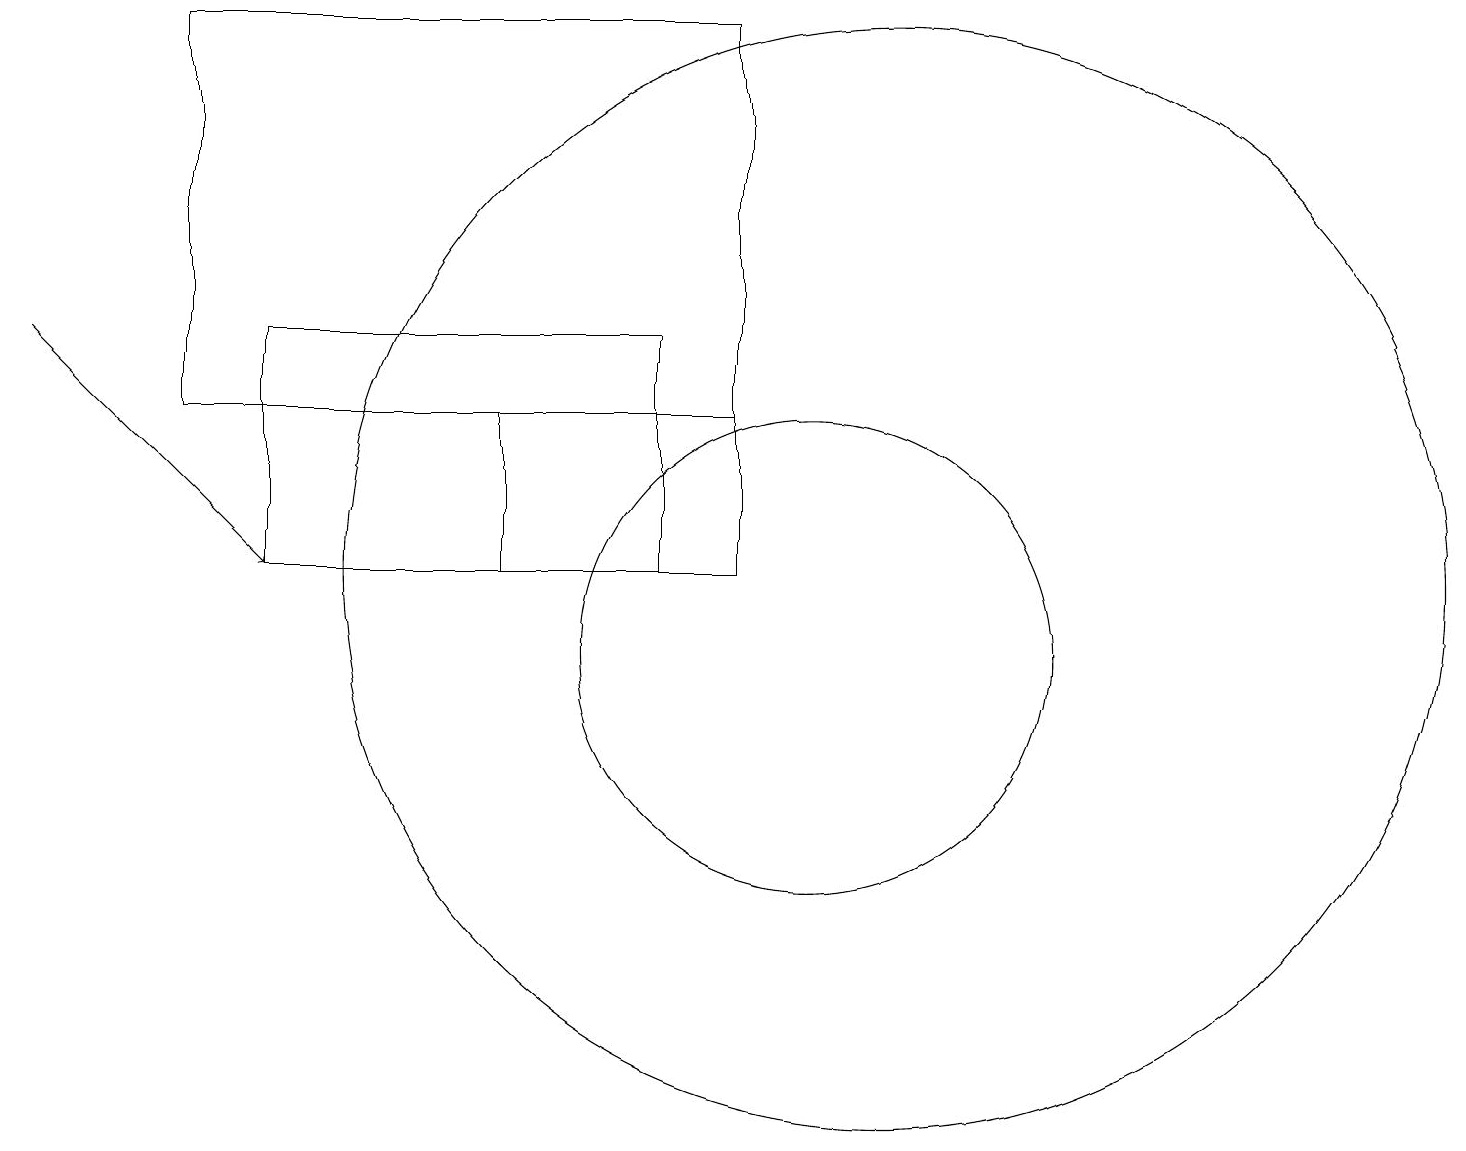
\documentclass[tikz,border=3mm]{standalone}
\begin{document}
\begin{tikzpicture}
\draw (10,11) circle (3);
\draw (2,14) rectangle (9,19);
\draw[->] (0,15) -- (3,12);
\draw (8,15) rectangle (3,12);
\draw (11,12) circle (7);
\draw (6,14) rectangle (9,12);
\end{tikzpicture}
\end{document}